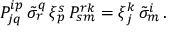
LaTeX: { \cal P } _ { j q } ^ { i p } \, \tilde { \sigma } _ { r } ^ { q } \, \xi _ { p } ^ { s } \, { \cal P } _ { s m } ^ { r k } = \xi _ { j } ^ { k } \, \tilde { \sigma } _ { m } ^ { i } \, .